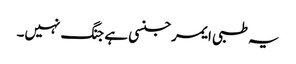
یہ طبی ایمرجنسی ہے جنگ نہیں۔